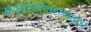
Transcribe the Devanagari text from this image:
अनूपसंगीतरत्नाकर